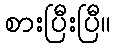
စားပြီးပြီ။